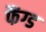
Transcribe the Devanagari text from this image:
फैंग्ड